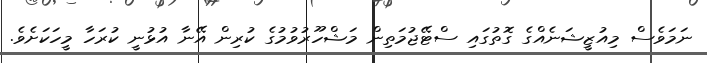
ނަމަވެސް މިއުޒީޝަނެއްގެ ގޮތުގައި ސްޓޭޖުމަތިން މަޝްހޫރުވުމުގެ ކުރިން އޭނާ އުޅުނީ ކުރަހާ މީހަކަށެވެ.